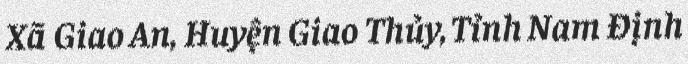
Xã Giao An, Huyện Giao Thủy, Tỉnh Nam Định